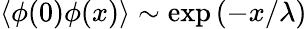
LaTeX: \langle\phi(0)\phi(x)\rangle\sim\exp\left(-x/\lambda\right)